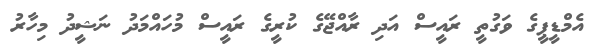
އެމްޑީޕީގެ ވަގުތީ ރައީސް އަދި ރާއްޖޭގެ ކުރީގެ ރައީސް މުހައްމަދު ނަޝީދު މިހާރު